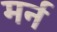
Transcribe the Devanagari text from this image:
मर्न